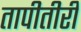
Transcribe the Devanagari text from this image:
तापीतीरी